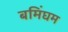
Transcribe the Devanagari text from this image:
बमिंघम